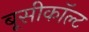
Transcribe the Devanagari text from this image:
बूसीकॉल्ट